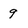
Character: 9